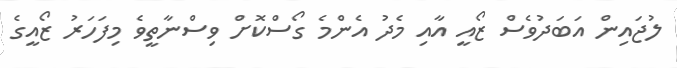
ލުޖައިން އަބަދުވެސް ޒޯއީ އާއި މެދު އެންމެ ގޯސްކޮށް ވިސްނާތީވެ މިފަހަރު ޒޯއީގެ